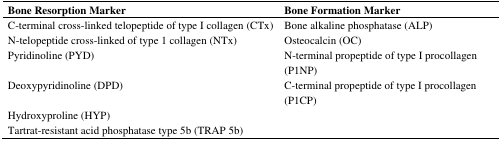
<table><thead><tr><td><b>Bone Resorption Marker</b></td><td><b>Bone Formation Marker</b></td></tr></thead><tbody><tr><td>C-terminal cross-linked telopeptide of type I collagen (CTx)</td><td>Bone alkaline phosphatase (ALP)</td></tr><tr><td>N-telopeptide cross-linked of type 1 collagen (NTx)</td><td>Osteocalcin (OC)</td></tr><tr><td>Pyridinoline (PYD)</td><td>N-terminal propeptide of type I procollagen (P1NP)</td></tr><tr><td>Deoxypyridinoline (DPD)</td><td>C-terminal propeptide of type I procollagen (P1CP)</td></tr><tr><td>Hydroxyproline (HYP)</td><td></td></tr><tr><td>Tartrat-resistant acid phosphatase type 5b (TRAP 5b)</td><td></td></tr></tbody></table>